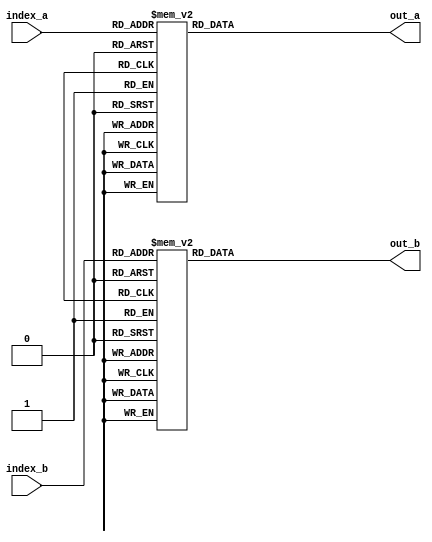
/*
   This file was generated automatically by the Mojo IDE version B1.3.6.
   Do not edit this file directly. Instead edit the original Lucid source.
   This is a temporary file and any changes made to it will be destroyed.
*/

module reg_addresses_57 (
    input [3:0] index_a,
    input [3:0] index_b,
    output reg [3:0] out_a,
    output reg [3:0] out_b
  );
  
  
  
  always @* begin
    
    case (index_a)
      1'h0: begin
        out_a = 4'h0;
      end
      1'h1: begin
        out_a = 4'h1;
      end
      2'h2: begin
        out_a = 4'h2;
      end
      2'h3: begin
        out_a = 4'h3;
      end
      3'h4: begin
        out_a = 4'h4;
      end
      3'h5: begin
        out_a = 4'h5;
      end
      3'h6: begin
        out_a = 4'h6;
      end
      3'h7: begin
        out_a = 4'h7;
      end
      4'h8: begin
        out_a = 4'h8;
      end
      4'h9: begin
        out_a = 4'h9;
      end
      4'ha: begin
        out_a = 4'ha;
      end
      4'hb: begin
        out_a = 4'hb;
      end
      4'hc: begin
        out_a = 4'hc;
      end
      4'hd: begin
        out_a = 4'hd;
      end
      4'he: begin
        out_a = 4'he;
      end
      4'hf: begin
        out_a = 4'hf;
      end
      default: begin
        out_a = 4'h0;
      end
    endcase
    
    case (index_b)
      1'h0: begin
        out_b = 4'h0;
      end
      1'h1: begin
        out_b = 4'h1;
      end
      2'h2: begin
        out_b = 4'h2;
      end
      2'h3: begin
        out_b = 4'h3;
      end
      3'h4: begin
        out_b = 4'h4;
      end
      3'h5: begin
        out_b = 4'h5;
      end
      3'h6: begin
        out_b = 4'h6;
      end
      3'h7: begin
        out_b = 4'h7;
      end
      4'h8: begin
        out_b = 4'h8;
      end
      4'h9: begin
        out_b = 4'h9;
      end
      4'ha: begin
        out_b = 4'ha;
      end
      4'hb: begin
        out_b = 4'hb;
      end
      4'hc: begin
        out_b = 4'hc;
      end
      4'hd: begin
        out_b = 4'hd;
      end
      4'he: begin
        out_b = 4'he;
      end
      4'hf: begin
        out_b = 4'hf;
      end
      default: begin
        out_b = 4'h0;
      end
    endcase
  end
endmodule